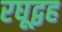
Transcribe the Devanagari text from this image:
रघूद्वह